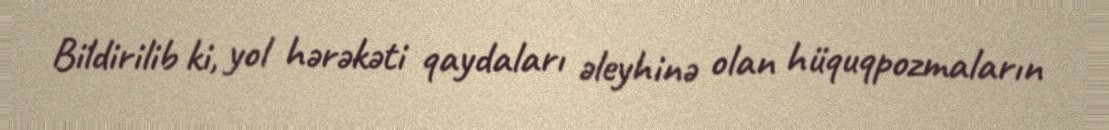
Bildirilib ki, yol hərəkəti qaydaları əleyhinə olan hüquqpozmaların